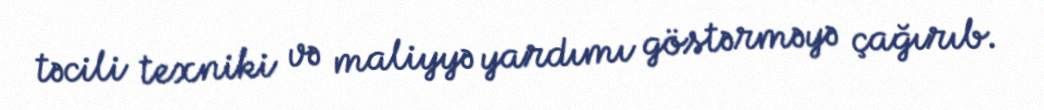
təcili texniki və maliyyə yardımı göstərməyə çağırıb.